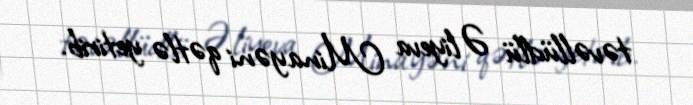
təvəllüdlü Əliyeva Minayəni qətlə yetirib.